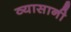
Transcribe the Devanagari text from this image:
व्यासानी